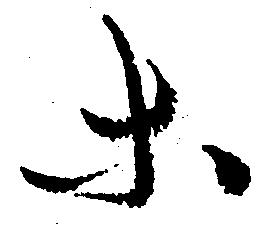
等